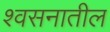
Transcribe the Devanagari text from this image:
श्वसनातील